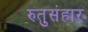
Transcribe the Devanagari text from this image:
रुतुसंहार